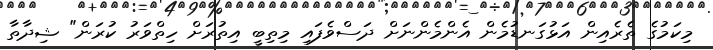
މިކަމުގެ ތެރެއިން އަޅުގަނޑުމެން އެންމެންނަށް ދަސްވެފައި މިތިބީ އިތުރަށް ހިތްވަރު ކުރަން" ޝިދާތާ